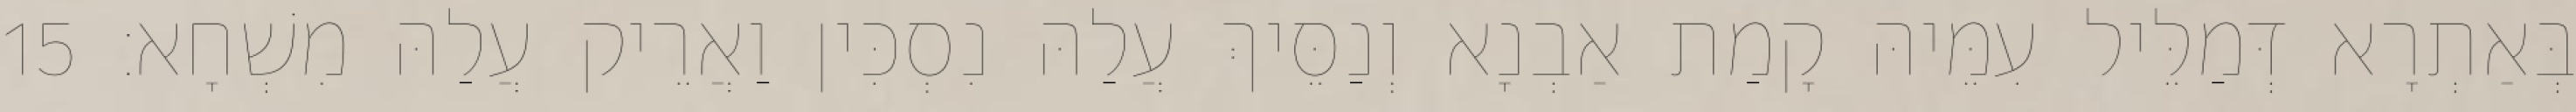
בְּאַתְרָא דְּמַלֵּיל עִמֵּיהּ קָמַת אַבְנָא וְנַסֵּיךְ עֲלַהּ נִסְכִּין וַאֲרֵיק עֲלַהּ מִשְׁחָא׃ 15